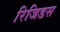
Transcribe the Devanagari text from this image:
रिजिडस